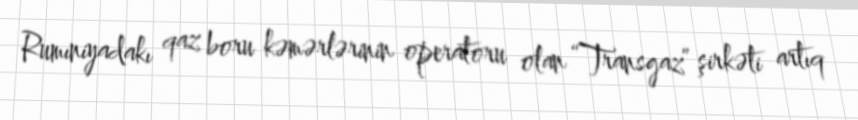
Rumıniyadakı qaz boru kəmərlərinin operatoru olan “Transgaz” şirkəti artıq